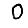
Digit: 0